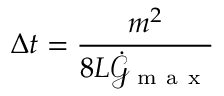
\Delta t = \frac { m ^ { 2 } } { 8 L \dot { \mathcal { G } } _ { \mathrm { ~ m ~ a ~ x ~ } } }